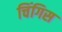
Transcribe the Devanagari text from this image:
चिंगिस